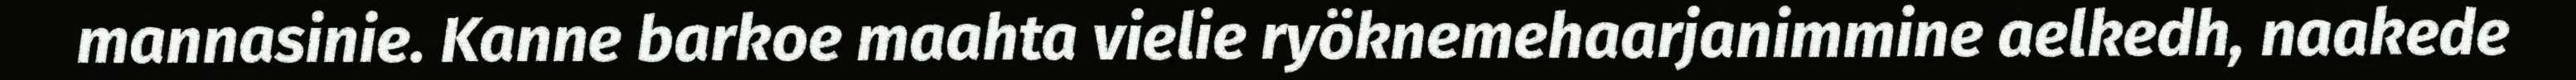
mannasinie. Kanne barkoe maahta vielie ryöknemehaarjanimmine aelkedh, naakede